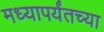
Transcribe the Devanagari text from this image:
मध्यापर्यंतच्या